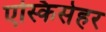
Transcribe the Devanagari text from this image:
एस्किसेहर